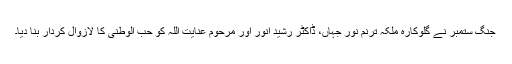
جنگ ستمبر نے گلوکارہ ملکہ ترنم نور جہاں، ڈاکٹر رشید انور اور مرحوم عنایت اللہ کو حب الوطنی کا لازوال کردار بنا دیا۔